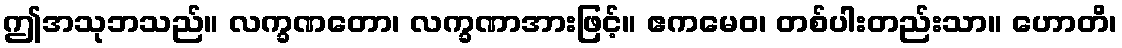
ဤအသုဘသည်။ လက္ခဏတော၊ လက္ခဏာအားဖြင့်။ ဧကမေဝ၊ တစ်ပါးတည်းသာ။ ဟောတိ၊